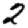
Digit: 2